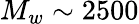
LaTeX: M_{w}\sim 2500